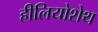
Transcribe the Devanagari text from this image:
हीलियोशेथ